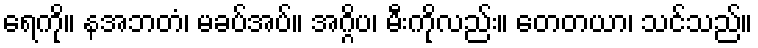
ရေကို။ နအဘတံ၊ မခပ်အပ်။ အဂ္ဂိပ၊ မီးကိုလည်း။ တေတယာ၊ သင်သည်။